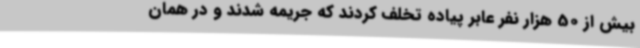
بیش از 50 هزار نفر عابر پیاده تخلف کردند که جریمه شدند و در همان